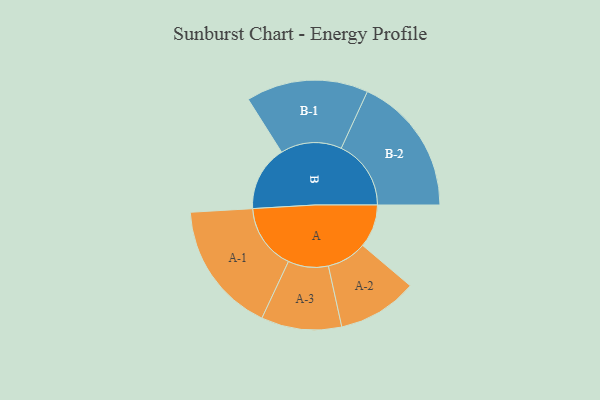
{"axis": {"x": "Segment", "y": "Value"}, "legend": ["", "A", "B"], "data": [{"x": "A", "y": 163, "type": ""}, {"x": "B", "y": 247, "type": ""}, {"x": "A-1", "y": 249, "type": "A"}, {"x": "A-2", "y": 151, "type": "A"}, {"x": "A-3", "y": 152, "type": "A"}, {"x": "B-1", "y": 231, "type": "B"}, {"x": "B-2", "y": 264, "type": "B"}]}